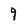
Character: 9